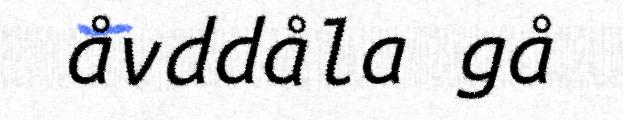
åvddåla gå